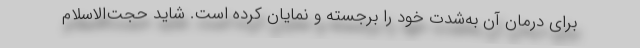
براي درمان آن به‌شدت خود را برجسته و نمايان كرده است. شايد حجت‌الاسلام